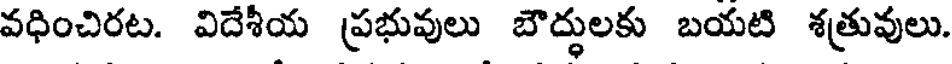
వధించిరట. విదేశీయ ప్రభువులు బౌద్ధులకు బయటి శత్రువులు.